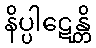
နိပ္ပါဋေန္တိ